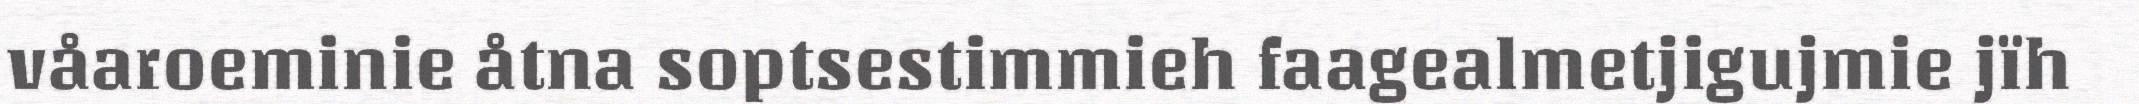
våaroeminie åtna soptsestimmieh faagealmetjigujmie jïh